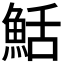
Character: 𬵏